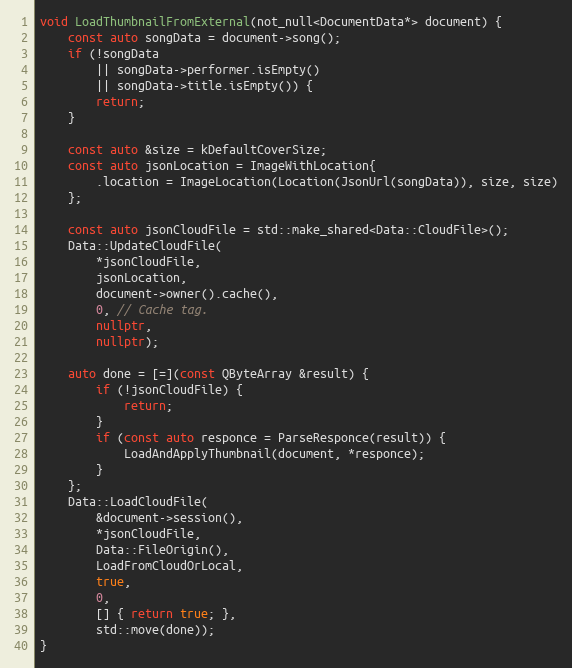
Language: C++
void LoadThumbnailFromExternal(not_null<DocumentData*> document) {
	const auto songData = document->song();
	if (!songData
		|| songData->performer.isEmpty()
		|| songData->title.isEmpty()) {
		return;
	}

	const auto &size = kDefaultCoverSize;
	const auto jsonLocation = ImageWithLocation{
		.location = ImageLocation(Location(JsonUrl(songData)), size, size)
	};

	const auto jsonCloudFile = std::make_shared<Data::CloudFile>();
	Data::UpdateCloudFile(
		*jsonCloudFile,
		jsonLocation,
		document->owner().cache(),
		0, // Cache tag.
		nullptr,
		nullptr);

	auto done = [=](const QByteArray &result) {
		if (!jsonCloudFile) {
			return;
		}
		if (const auto responce = ParseResponce(result)) {
			LoadAndApplyThumbnail(document, *responce);
		}
	};
	Data::LoadCloudFile(
		&document->session(),
		*jsonCloudFile,
		Data::FileOrigin(),
		LoadFromCloudOrLocal,
		true,
		0,
		[] { return true; },
		std::move(done));
}